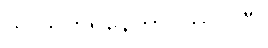
သူ သတိရနေတာ ကြာပါပြီ။